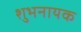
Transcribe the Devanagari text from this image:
शुभनायक